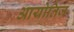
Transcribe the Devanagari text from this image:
आयोतिज